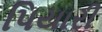
પિયારી